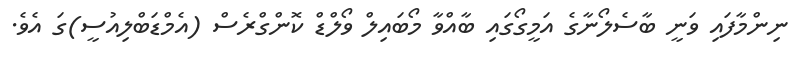
ނިންމާފައި ވަނީ ބާސެލޯނާގެ އަމީގޯގައި ބާއްވާ މޯބައިލް ވޯލްޑް ކޮންގްރެސް (އެމްޑަބްލިއުސީ)ގަ އެވެ.